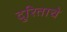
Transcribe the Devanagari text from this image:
दुरिताचे